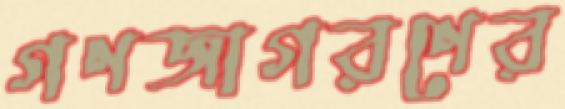
গণজাগরণের